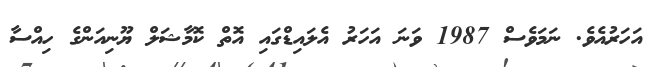
އަހަރުއެވެ. ނަމަވެސް 1987 ވަނަ އަހަރު އެލައިޑްގައި އޮތް ކޮމާޝަލް ޔޫނިއަންގެ ހިއްސާ